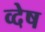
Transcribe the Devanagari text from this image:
व्देष